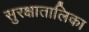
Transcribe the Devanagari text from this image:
सुरक्षातालिका